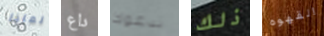
لماذا داع ندعوك ذلك القهوه